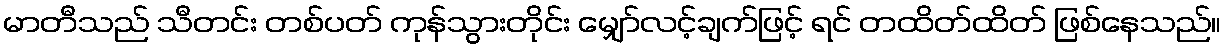
မာတီသည် သီတင်း တစ်ပတ် ကုန်သွားတိုင်း မျှော်လင့်ချက်ဖြင့် ရင် တထိတ်ထိတ် ဖြစ်နေသည်။